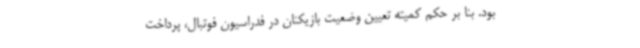
بود. بنا بر حکم کمیته تعیین وضعیت بازیکنان در فدراسیون فوتبال، پرداخت